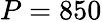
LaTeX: P=850